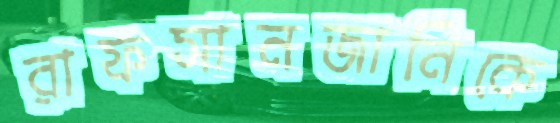
রাফসানজানিকে